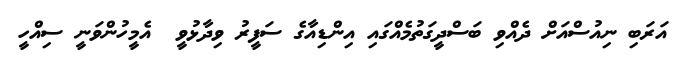
އަރަބި ނިއުސްއަށް ދެއްވި ބަސްދީގަތުމެއްގައި އިންޑިއާގެ ސަފީރު ވިދާޅުވީ  އެމީހުންވަނީ ސިއްހީ